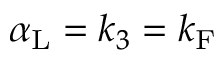
\alpha _ { \mathrm { { L } } } = k _ { 3 } = k _ { \mathrm { { F } } }